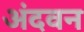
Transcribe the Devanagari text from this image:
अंदवन